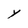
Character: Y